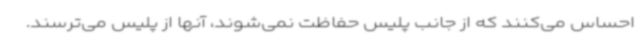
احساس می‌کنند که از جانب پلیس حفاظت نمی‌شوند، آنها از پلیس می‌ترسند.